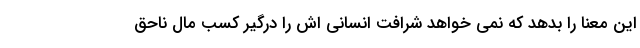
این معنا را بدهد که نمی خواهد شرافت انسانی اش را درگیر کسب مال ناحق